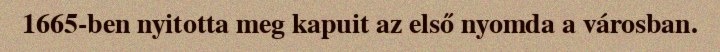
1665-ben nyitotta meg kapuit az első nyomda a városban.